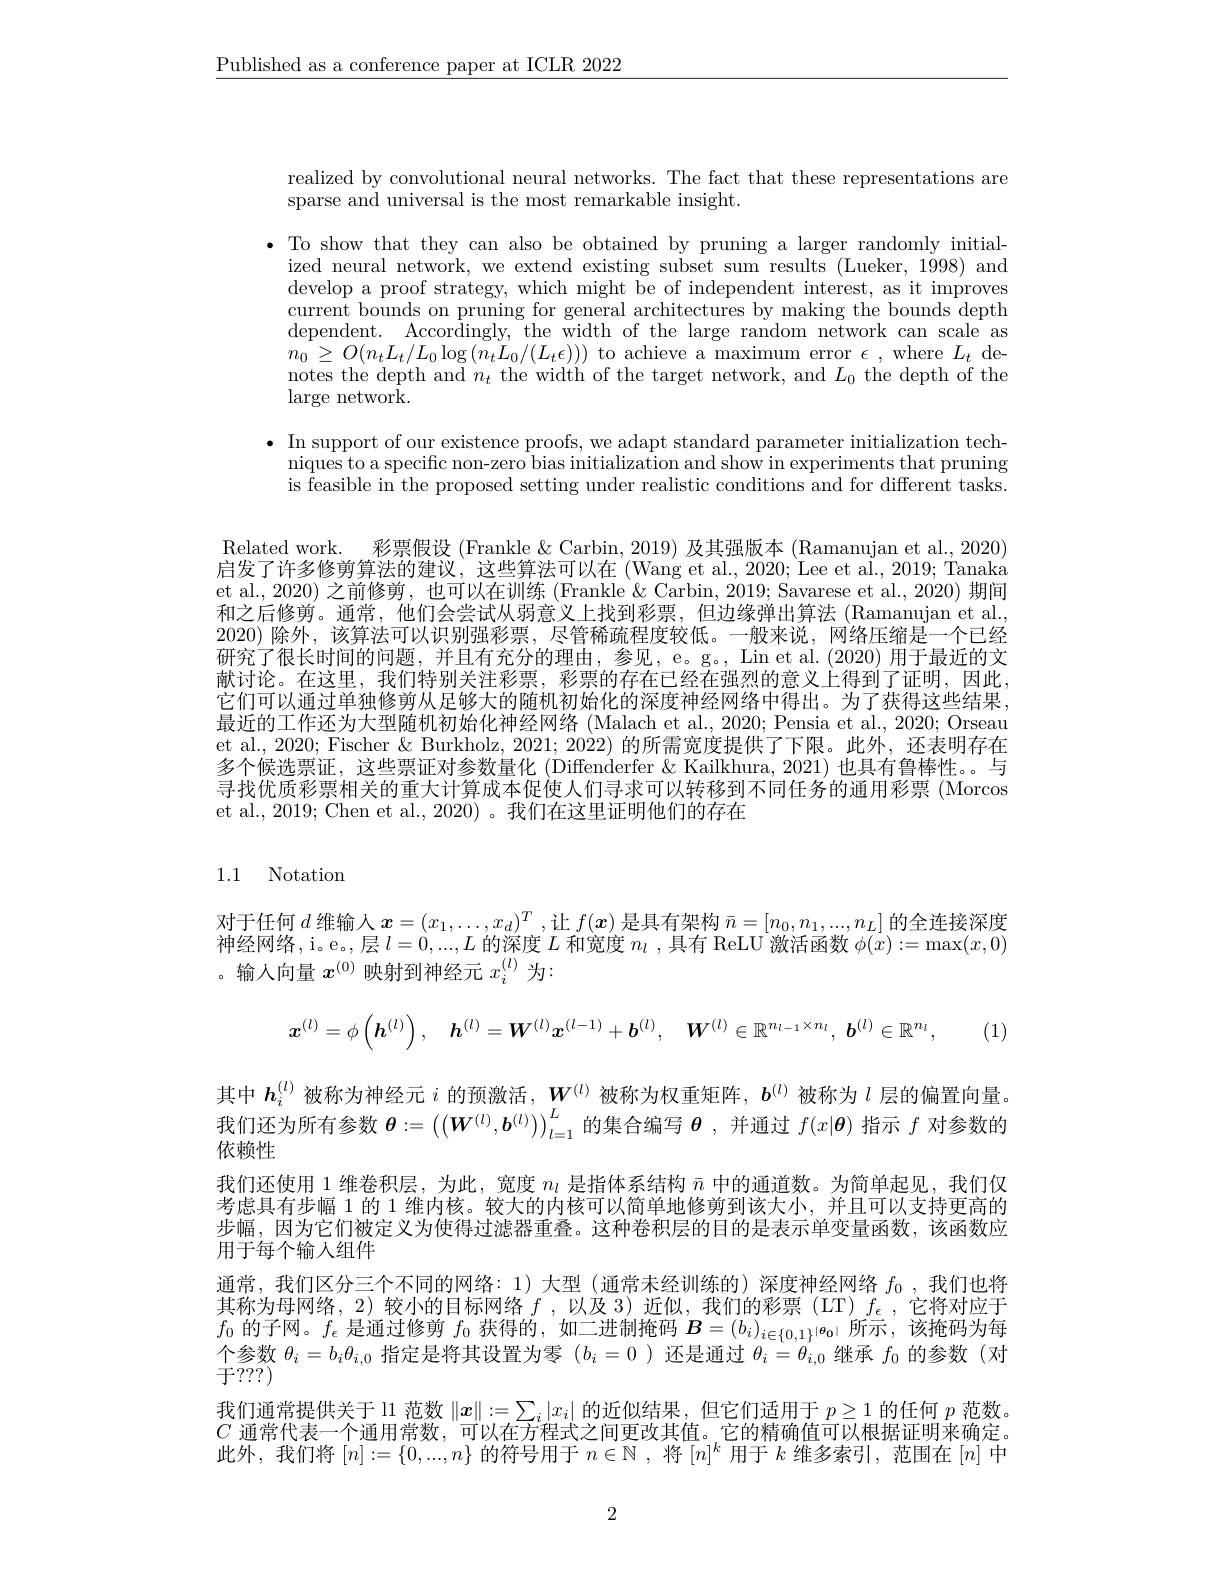
$\underline{\text{Published as a conference paper at ICLR 2022}}$

realized by convolutional neural networks. The fact that these representations are
sparse and universal is the most remarkable insight.

$\bullet$ To show that they can also be obtained by pruning a larger randomly initial-
ized neural network, we extend existing subset sum results (Lueker, 1998) and develop a proof strategy, which might be of independent interest, as it improves current bounds on pruning for general architectures by making the bounds depth dependent. Accordingly, the width of the large random network can scale as $n_{0}\geq O(n_{t}L_{t}/L_{0}\log\left(n_{t}L_{0}/(L_{t}\epsilon)\right))$ to achieve a maximum error $\epsilon$, where $L_{t}$ denotes the depth and $n_t$ the width of the target network, and $L_0$ the depth of the ${\mathrm{large~network}}.$
$\bullet$ In support of our existence proofs, we adapt standard parameter initialization tech-

niques to a specific non-zero bias initialization and show in experiments that pruning is feasible in the proposed setting under realistic conditions and for different tasks.

Related work. 彩票假设 (Frankle &Carbin, 2019) 及其强版本 (Ramanujan et al., 2020) 启发了许多修剪算法的建议，这些算法可以在 (Wang et al., 2020; Lee et al., 2019; Tanaká et al., 2020) 之前修剪，也可以在训练 (Frankle $\&$ Carbin, 2019; Savarese et al., 2020) 期间和之后修剪。通常，他们会尝试从弱意义上找到彩票，但边缘弹出算法(Ramanujan et al. 2020) 除外，该算法可以识别强彩票，尽管稀疏程度较低。一般来说，网络压缩是一个已经
$\dot{\mathbf{x}}$
研究了很长时间的问题，并且有充分的理由，参见，e。g。, Lin et al.(2020) 用
献讨论。在这里，我们特别关注彩票，彩票的存在已经在强烈的意义上得到了证明，因此它们可以通过单独修剪从足够大的随机初始化的深度神经网络中得出。为了获得这些结果， 最近的工作还为大型随机初始化神经网络 (Malach et al., 2020; Pensia et al., 2020; Orseau et al., 2020; Fischer & Burkholz, 2021; 2022) 的所需宽度提供了下限。此外，还表明存在多个候选票证，这些票证对参数量化 (Diffenderfer &Kailkhura, 2021) 也具有鲁棒性。。与寻找优质彩票相关的重大计算成本促使人们寻求可以转移到不同任务的通用彩票 (Morcos et al., 2019; Chen et al., 2020) 。我们在这里证明他们的存在

## 1.1 Notation

对于任何$d$维输入$x=(x_1,\ldots,x_d)^T$,让$f(\boldsymbol{x})$是具有架构$\bar{n}=[n_0,n_1,...,n_L]$的全连接深度神经网络，i。e。,层$l=0,...,L$的深度$L$和宽度$n_l$ ,具有 ReLU 激活函数$\phi(x):=\max(x,0)$ 。输入向量$x^{(0)}$映射到神经元$x_i^{(l)}$为：
$$\boldsymbol{x}^{(l)}=\phi\left(\boldsymbol{h}^{(l)}\right),\quad\boldsymbol{h}^{(l)}=\boldsymbol{W}^{(l)}\boldsymbol{x}^{(l-1)}+\boldsymbol{b}^{(l)},\quad\boldsymbol{W}^{(l)}\in\mathbb{R}^{n_{l-1}\times n_{l}},\:\boldsymbol{b}^{(l)}\in\mathbb{R}^{n_{l}},$$
(1)

其中$\boldsymbol h_i^{(l)}$被称为神经元$i$的预激活，$\boldsymbol W^{(l)}$被称为权重矩阵，$\boldsymbol b^{(l)}$被称为$l$层的偏置向量。我们还为所有参数$\theta:=\left(\left(\boldsymbol{W}^{(l)},\boldsymbol{b}^{(l)}\right)\right)_{l=1}^L$的集合编写$\boldsymbol{\theta}$ ,并通过$f(x|\boldsymbol{\theta})$指示$f$对参数的依赖性
我们还使用 1 维卷积层，为此，宽度$n_l$是指体系结构$\bar{n}$中的通道数。为简单起见，我们仅考虑具有步幅 1 的 1 维内核。较大的内核可以简单地修剪到该大小，并且可以支持更高的步幅，因为它们被定义为使得过滤器重叠。这种卷积层的目的是表示单变量函数，该函数应用于每个输人组件
通常，我们区分三个不同的网络：1)大型(通常未经训练的)深度神经网络$f_0$,我们也将其称为母网络，2)较小的目标网络$f$ ,以及 3)近似，我们的彩票(LT)$f_\epsilon$ ,它将对应于$f_0$的子网。$f_\epsilon$是通过修剪$f_0$获得的，如二进制掩码$B=\left(b_i\right)_i\in\{0,1\}^{|\boldsymbol{\theta}_0|}$所示，该掩码为每$\underset{\text{一}2223}{\operatorname*{\text{个参数 }\theta_i=b_i\theta_{i,0}\text{ 指定是将其设置为零 }}}{\operatorname*{\operatorname*{\text{ 指定是将其设置为零 }}}}(b_i=0)$还是通过$\theta_i=\theta_i,0$继承$f_0$的参数(对于？??)
我们通常提供关于 l1 范数$\|\boldsymbol{x}\|:=\sum_i|x_i|$的近似结果 ,但它们适用于$p\geq1$的任何$p$范数。$C$通常代表一个浦用常数，可以在方程式之间申改其佰。它的精确值可以根据让明来确定。此外，我们将$[n]:=\{0,...,n\}$的符号用于$n\in\mathbb{N}$ ,将$[n]^k$用于$k$维多索引，范围在$[n]$中

2